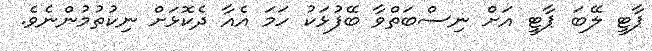
ޕާޓީ ލޭބަ ޕާޓީ އަށް ނިސްބަތްވާ ބޭފުޅަކު ހަމަ އެއާ ދެކޮޅަށް ނިކުތުމުންނެވެ.